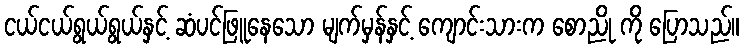
ငယ်ငယ်ရွယ်ရွယ်နှင့် ဆံပင်ဖြူနေသော မျက်မှန်နှင့် ကျောင်းသားက စောညို ကို ပြောသည်။